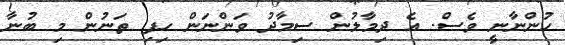
ހުންނާނީ ވެސް. އެ ދިމާލުން ސިމާދު ވަންނަން ހިފި ތަނުން މި ބުނާ